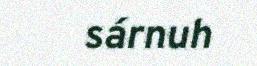
sárnuh